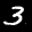
Label: 3